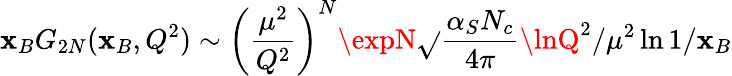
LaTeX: \mathbf{x}_{B}G_{2N}(\mathbf{x}_{B},Q^{2})\sim\left(\frac{{\mu^{2}}}{{Q^{2}}}\right)^{N}\expN\sqrt{}{{\frac{{\alpha_{S}N_{c}}}{{4\pi}}\lnQ^{2}/\mu^{2}\ln1/\mathbf{x}_{B}}}